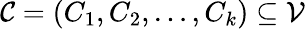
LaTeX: \mathcal{C}=(C_{1},C_{2},\ldots,C_{k})\subseteq\mathcal{V}